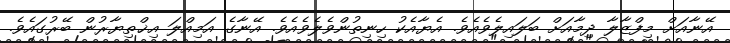
އޭނާއަށް މިފްޒާލާ ދިމާއަށް ބަލައިލެވެއެވެ. އެޔާއެކު ހިނިތުންވެލެވެއެވެ. އޭނާގެ އަމިއްލަ އިޚްތިޔާރުން ބޭރުގައެވެ.